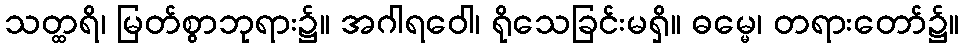
သတ္ထရိ၊ မြတ်စွာဘုရား၌။ အဂါရဝေါ၊ ရိုသေခြင်းမရှိ။ ဓမ္မေ၊ တရားတော်၌။